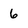
Character: 6